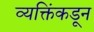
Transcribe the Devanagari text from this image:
व्यक्तिंकडून